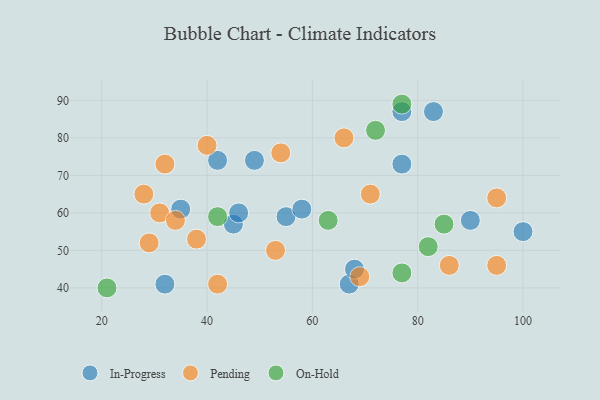
{"axis": {"x": "GDP", "y": "Life Expectancy"}, "legend": ["In-Progress", "On-Hold", "Pending"], "data": [{"x": "77", "y": 73, "type": "In-Progress"}, {"x": "67", "y": 41, "type": "In-Progress"}, {"x": "45", "y": 57, "type": "In-Progress"}, {"x": "55", "y": 59, "type": "In-Progress"}, {"x": "68", "y": 45, "type": "In-Progress"}, {"x": "42", "y": 74, "type": "In-Progress"}, {"x": "46", "y": 60, "type": "In-Progress"}, {"x": "32", "y": 41, "type": "In-Progress"}, {"x": "35", "y": 61, "type": "In-Progress"}, {"x": "100", "y": 55, "type": "In-Progress"}, {"x": "58", "y": 61, "type": "In-Progress"}, {"x": "83", "y": 87, "type": "In-Progress"}, {"x": "77", "y": 87, "type": "In-Progress"}, {"x": "90", "y": 58, "type": "In-Progress"}, {"x": "49", "y": 74, "type": "In-Progress"}, {"x": "28", "y": 65, "type": "Pending"}, {"x": "86", "y": 46, "type": "Pending"}, {"x": "31", "y": 60, "type": "Pending"}, {"x": "54", "y": 76, "type": "Pending"}, {"x": "34", "y": 58, "type": "Pending"}, {"x": "95", "y": 46, "type": "Pending"}, {"x": "53", "y": 50, "type": "Pending"}, {"x": "42", "y": 41, "type": "Pending"}, {"x": "71", "y": 65, "type": "Pending"}, {"x": "40", "y": 78, "type": "Pending"}, {"x": "95", "y": 64, "type": "Pending"}, {"x": "29", "y": 52, "type": "Pending"}, {"x": "69", "y": 43, "type": "Pending"}, {"x": "38", "y": 53, "type": "Pending"}, {"x": "66", "y": 80, "type": "Pending"}, {"x": "32", "y": 73, "type": "Pending"}, {"x": "42", "y": 59, "type": "On-Hold"}, {"x": "21", "y": 40, "type": "On-Hold"}, {"x": "63", "y": 58, "type": "On-Hold"}, {"x": "77", "y": 89, "type": "On-Hold"}, {"x": "72", "y": 82, "type": "On-Hold"}, {"x": "77", "y": 44, "type": "On-Hold"}, {"x": "85", "y": 57, "type": "On-Hold"}, {"x": "82", "y": 51, "type": "On-Hold"}]}